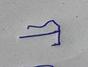
Signature authenticity: forged